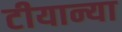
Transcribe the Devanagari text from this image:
टीयान्या